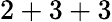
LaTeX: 2+3+3